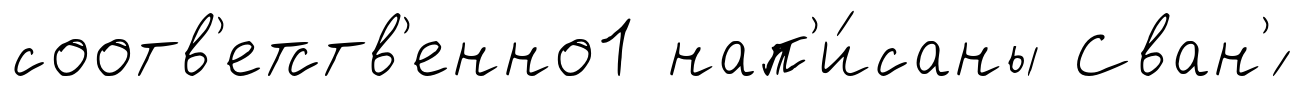
соотв'етств'енно1 нап'и́саны Сван'́